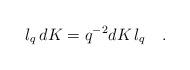
LaTeX: \begin{align*}l_{q} \, dK = q^{-2} dK \, l_{q} \quad.\end{align*}